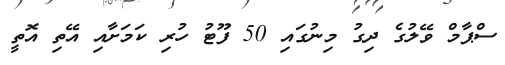
ސްޕާމް ވޭލުގެ ދިގު މިނުގައި 50 ފޫޓު ހުރި ކަމަށާއި އޭތި އޮތީ